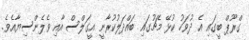
ގްރޫޕް ބީގައި އެ ދުވަހު ކުޅޭ މެޗުގައި ބައްދަލުކުރާނީ އީގަލްސް އާއި ވެލެންސިޔާއެވެ.